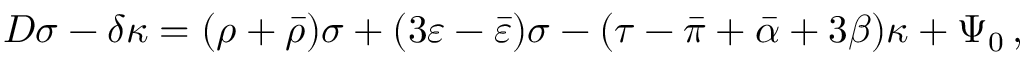
D \sigma - \delta \kappa = ( \rho + { \bar { \rho } } ) \sigma + ( 3 \varepsilon - { \bar { \varepsilon } } ) \sigma - ( \tau - { \bar { \pi } } + { \bar { \alpha } } + 3 \beta ) \kappa + \Psi _ { 0 } \, ,